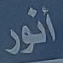
أنور